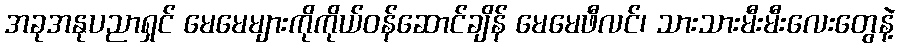
အခုအနုပညာရှင် မေမေများကိုကိုယ်ဝန်ဆောင်ချိန် မေမေဖီလင်၊ သားသားမီးမီးလေးတွေနဲ့